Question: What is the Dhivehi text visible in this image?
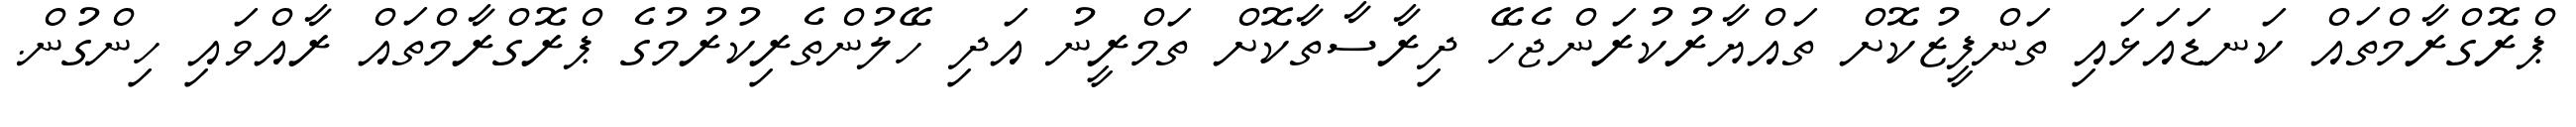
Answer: ޕްރޮގްރާމްތައް ކަނޑައަޅައި ތަންފީޒުކޮށް ތައްޔާރުކުރަންޖެހޭ ދިރާސާތާކޮށް ތަމްރީނު އަދި ހޭލުންތެރިކުރުމުގެ ޕްރޮގްރާމްތައް ރާއްވައި ހިންގުން.